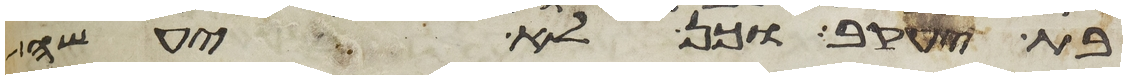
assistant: בת יעקב וכן לא יעשה